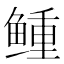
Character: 𩾋